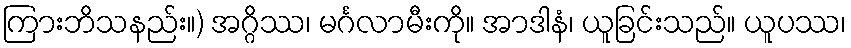
ကြားဘိသနည်း။) အဂ္ဂိဿ၊ မင်္ဂလာမီးကို။ အာဒါနံ၊ ယူခြင်းသည်။ ယူပဿ၊